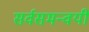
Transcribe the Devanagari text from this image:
सर्वसमन्‍वयी